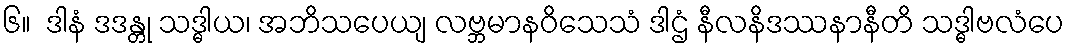
၆။  ဒါနံ ဒဒန္တု သဒ္ဓါယ၊ အဘိသပေယျ လဗ္ဘမာနဝိသေသံ ဒါဌံ နီလနိဒဿနာနီတိ သဒ္ဓါဗလံပေ